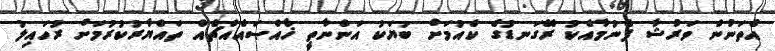
އެތަނުން ވަރުޝާ ފެނުމާއެކު ރޭގަނޑުގެ ކެއުމަށް ބަޔަކު އަންނާތީ ޚާއްޞައެއްޗެއް ތައްޔާރުކުރުމަށް ރުހައިލު